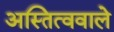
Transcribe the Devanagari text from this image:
अस्तित्ववाले